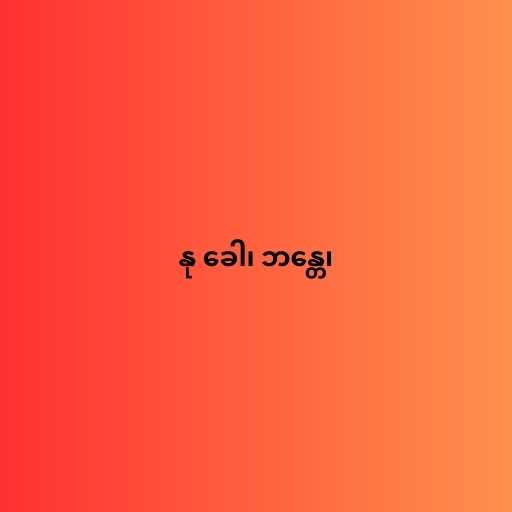
နု ခေါ၊ ဘန္တေ၊